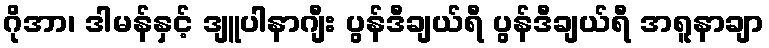
ဂိုအာ၊ ဒါမန်နှင့် ဒျူပါနာဂျီး ပွန်ဒီချယ်ရီ ပွန်ဒီချယ်ရီ အရူနာချာ